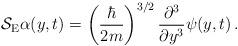
LaTeX: \begin{align*}{\cal S}_\mathrm{E} \alpha(y,t) = \left(\frac{\hbar}{2m}\right)^{3/2} \frac{\partial^3}{\partial y^3} \psi(y,t) \, .\end{align*}